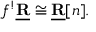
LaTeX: f ^ { ! } { \underline { { \mathbf { R } } } } \cong { \underline { { \mathbf { R } } } } [ n ] .